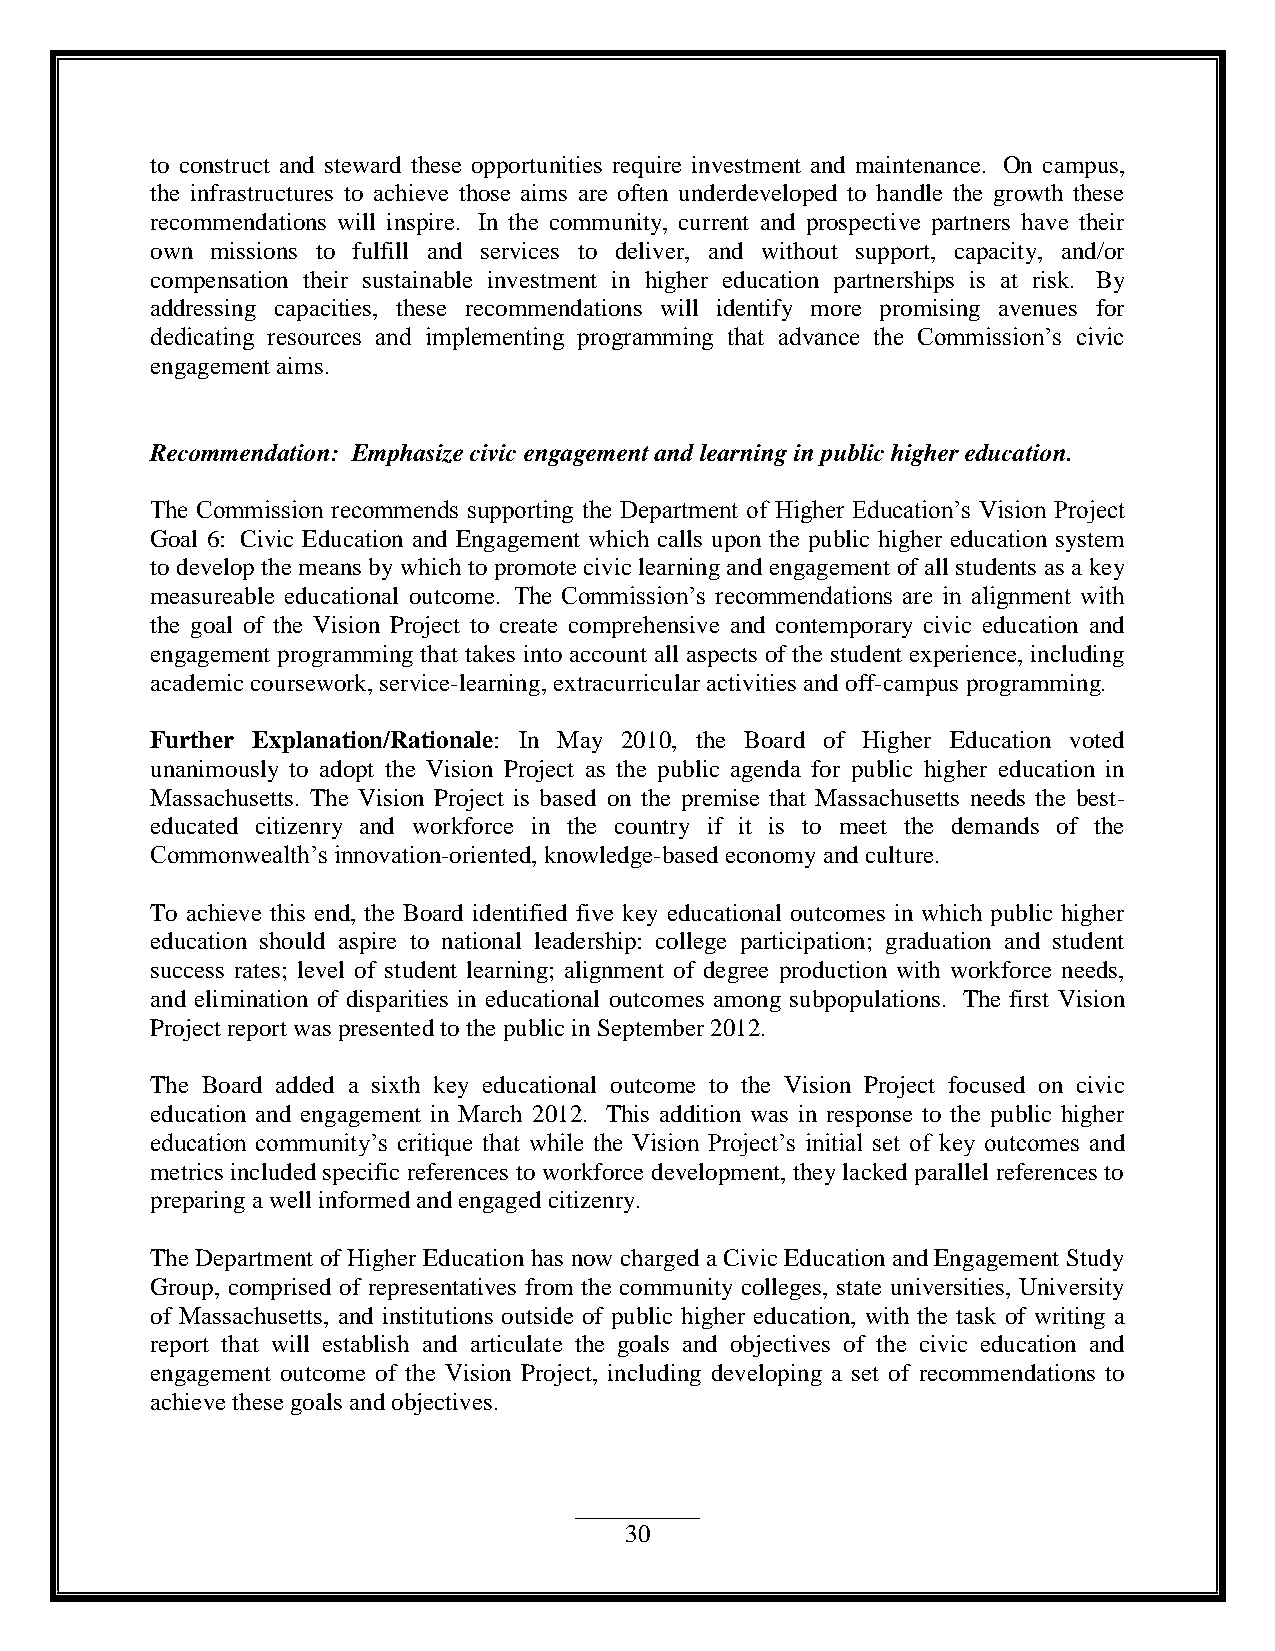
to construct and steward these opportunities require investment and maintenance. On campus,
 the infrastructures to achieve those aims are often underdeveloped to handle the growth these
 recommendations will inspire. In the community, current and prospective partners have their
 own missions to fulfill and services to deliver, and without support, capacity, and/or
 compensation their sustainable investment in higher education partnerships is at risk. By
 addressing capacities, these recommendations will identify more promising avenues for
 dedicating resources and implementing programming that advance the Commission‟s civic
 engagement aims.
 Recommendation: Emphasize civic engagement and learning in public higher education.
 The Commission recommends supporting the Department of Higher Education‟s Vision Project
 Goal 6: Civic Education and Engagement which calls upon the public higher education system
 to develop the means by which to promote civic learning and engagement of all students as a key
 measureable educational outcome. The Commission‟s recommendations are in alignment with
 the goal of the Vision Project to create comprehensive and contemporary civic education and
 engagement programming that takes into account all aspects of the student experience, including
 academic coursework, service-learning, extracurricular activities and off-campus programming.
 Further Explanation/Rationale: In May 2010, the Board of Higher Education voted
 unanimously to adopt the Vision Project as the public agenda for public higher education in
 Massachusetts. The Vision Project is based on the premise that Massachusetts needs the best-
 educated citizenry and workforce in the country if it is to meet the demands of the
 Commonwealth‟s innovation-oriented, knowledge-based economy and culture.
 To achieve this end, the Board identified five key educational outcomes in which public higher
 education should aspire to national leadership: college participation; graduation and student
 success rates; level of student learning; alignment of degree production with workforce needs,
 and elimination of disparities in educational outcomes among subpopulations. The first Vision
 Project report was presented to the public in September 2012.
 The Board added a sixth key educational outcome to the Vision Project focused on civic
 education and engagement in March 2012. This addition was in response to the public higher
 education community‟s critique that while the Vision Project‟s initial set of key outcomes and
 metrics included specific references to workforce development, they lacked parallel references to
 preparing a well informed and engaged citizenry.
 The Department of Higher Education has now charged a Civic Education and Engagement Study
 Group, comprised of representatives from the community colleges, state universities, University
 of Massachusetts, and institutions outside of public higher education, with the task of writing a
 report that will establish and articulate the goals and objectives of the civic education and
 engagement outcome of the Vision Project, including developing a set of recommendations to
 achieve these goals and objectives.
 30